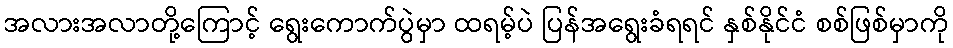
အလားအလာတို့ကြောင့် ရွေးကောက်ပွဲမှာ ထရမ့်ပဲ ပြန်အရွေးခံရရင် နှစ်နိုင်ငံ စစ်ဖြစ်မှာကို